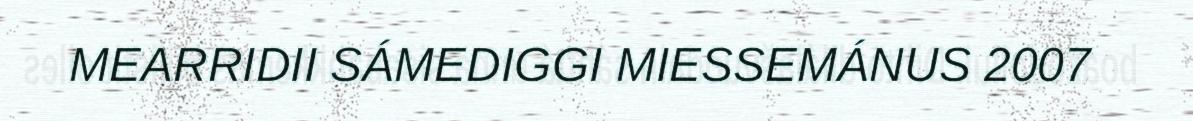
MEARRIDII SÁMEDIGGI MIESSEMÁNUS 2007